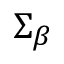
\Sigma _ { \beta }